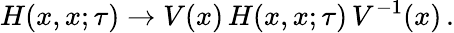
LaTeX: H(x,x;\tau)\to V(x)\, H(x,x;\tau)\, V^{-1}(x)\, .